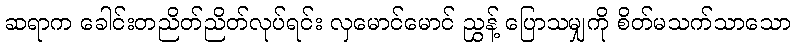
ဆရာက ခေါင်းတညိတ်ညိတ်လုပ်ရင်း လှမောင်မောင် ညွှန့် ပြောသမျှကို စိတ်မသက်သာသော